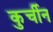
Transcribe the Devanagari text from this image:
कुर्चीन